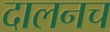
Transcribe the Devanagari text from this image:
दालनच